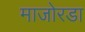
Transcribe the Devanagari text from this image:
माजोरडा